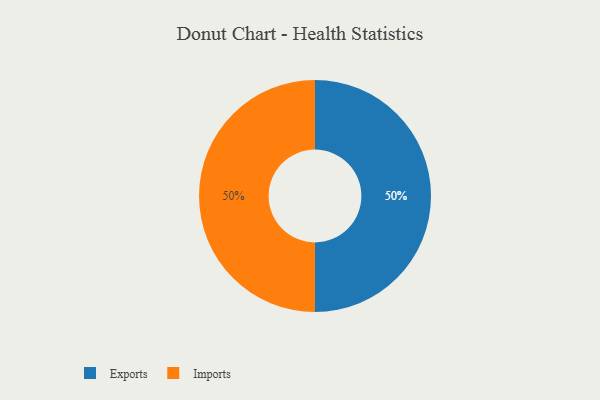
{"axis": {"x": "Category", "y": "Percentage"}, "legend": ["Exports", "Imports"], "data": [{"x": "Exports", "y": 50, "type": "Exports"}, {"x": "Imports", "y": 50, "type": "Imports"}]}